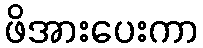
ဖိအားပေးကာ